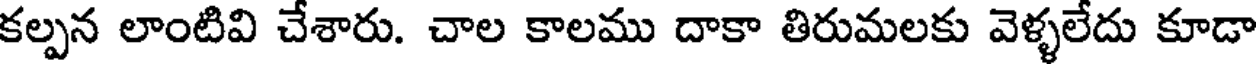
కల్పన లాంటివి చేశారు. చాల కాలము దాకా తిరుమలకు వెళ్ళలేదు కూడా